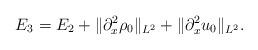
LaTeX: \begin{align*}E_3=E_2+\Vert \partial_x^2 \rho_0\Vert_{L^2}+\Vert \partial_x^2u_0\Vert_{L^2}.\end{align*}